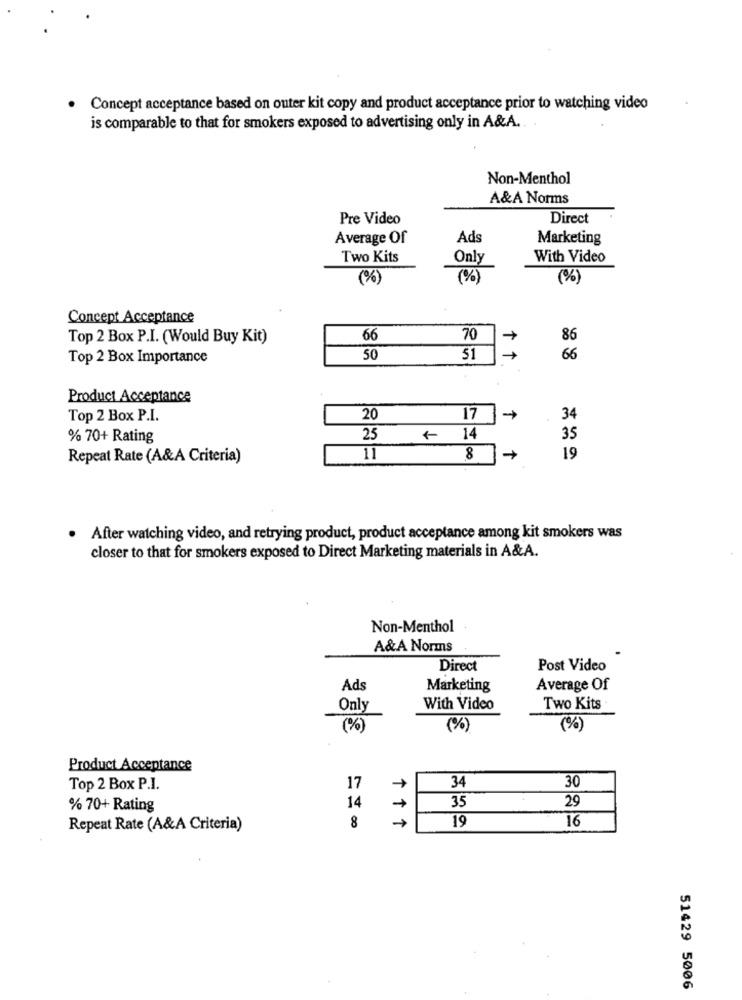
Concept acceptance based on outer kit copy and product acceptance prior to watching video
is comparable to that for smokers exposed to advertising only in A&A.
Non-Menthol
A&A Norms
Pre Video
Direct
Average Of
Ads
Marketing
Two Kits
Only
With Video
(%)
(%)
(%)
Concept Acceptance
Top 2 Box P.I. (Would Buy Kit)
66
70
86
Top 2 Box Importance
50
51
66
Product Acceptance
Top 2 Box P.I.
20
17
34
% 70+ Rating
25
+ 14
35
Repeat Rate (A&A Criteria)
11
8 +
19
After watching video, and retrying product, product acceptance among kit smokers was
closer to that for smokers exposed to Direct Marketing materials in A&A.
Non-Menthol
A&A Norms
Direct
Post Video
Ads
Marketing
Average Of
Only
With Video
Two Kits
(%)
(%)
(%)
Product Acceptance
34
30
Top 2 Box P.I.
17
35
29
% 70+ Rating
14
19
Repeat Rate (A&A Criteria)
8
16
51429 5006